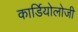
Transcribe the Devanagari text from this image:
कार्डियाेलोजी